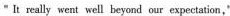
"I really went well beyond our expectetion,"